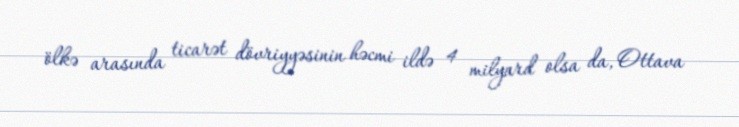
ölkə arasında ticarət dövriyyəsinin həcmi ildə 4 milyard olsa da, Ottava